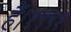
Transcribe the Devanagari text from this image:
हैं।१९९१